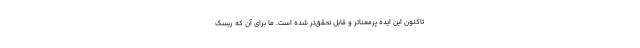
تاکنون این ایده پرمعناتر و قابل تحقق‌تر شده است. ما برای آن که ریسک